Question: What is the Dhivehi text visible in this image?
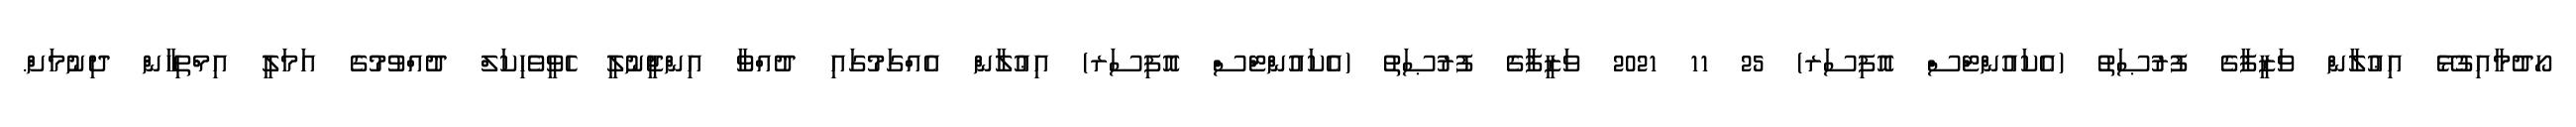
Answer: ހޯދުމާއިގުޅޭ އިޢުލާން ވަޒީފާގެ ފުރުޞަތު (އެކައުންޓްސް އޮފިސަރ) 25 11 2021 ވަޒީފާގެ ފުރުޞަތު (އެކައުންޓްސް އޮފިސަރ) އިޢުލާން އެއްގަމުގައި ދުއްވާ އިންޖީނުލީ ހެވީވެހިކަލް ދުއްވުމުގެ އަމަލީ އިމްތިހާން ދިނުމަށް.